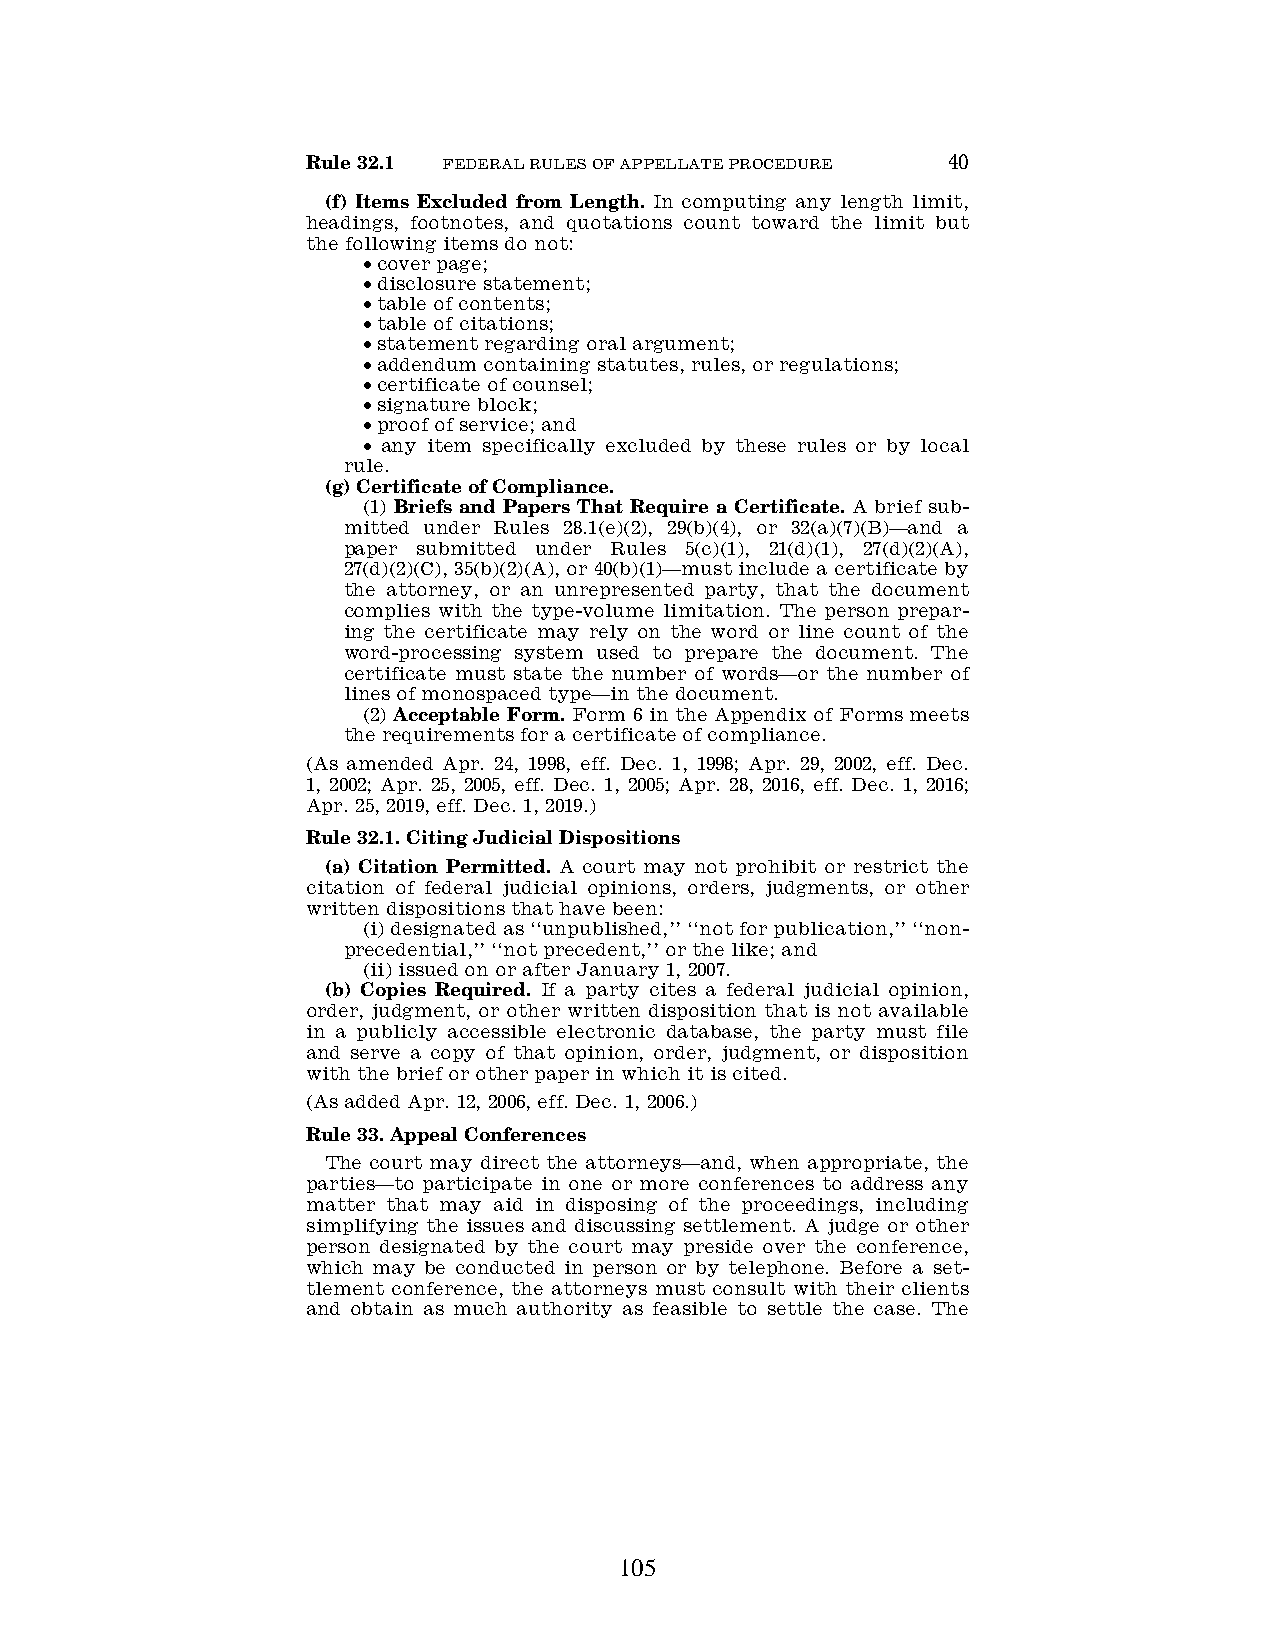
Rule 32.1 FEDERAL RULES OF APPELLATE PROCEDURE 40
 (f) Items Excluded from Length. In computing any length limit,
 headings, footnotes, and quotations count toward the limit but
 the following items do not:
 • cover page;
 • disclosure statement;
 • table of contents;
 • table of citations;
 • statement regarding oral argument;
 • addendum containing statutes, rules, or regulations;
 • certificate of counsel;
 • signature block;
 • proof of service; and
 • any item specifically excluded by these rules or by local
 rule.
 (g) Certificate of Compliance.
 (1) Briefs and Papers That Require a Certificate. A brief sub-
 mitted under Rules 28.1(e)(2), 29(b)(4), or 32(a)(7)(B)—and a
 paper submitted under Rules 5(c)(1), 21(d)(1), 27(d)(2)(A),
 27(d)(2)(C), 35(b)(2)(A), or 40(b)(1)—must include a certificate by
 the attorney, or an unrepresented party, that the document
 complies with the type-volume limitation. The person prepar-
 ing the certificate may rely on the word or line count of the
 word-processing system used to prepare the document. The
 certificate must state the number of words—or the number of
 lines of monospaced type—in the document.
 (2) Acceptable Form. Form 6 in the Appendix of Forms meets
 the requirements for a certificate of compliance.
 (As amended Apr. 24, 1998, eff. Dec. 1, 1998; Apr. 29, 2002, eff. Dec.
 1, 2002; Apr. 25, 2005, eff. Dec. 1, 2005; Apr. 28, 2016, eff. Dec. 1, 2016;
 Apr. 25, 2019, eff. Dec. 1, 2019.)
 Rule 32.1. Citing Judicial Dispositions
 (a) Citation Permitted. A court may not prohibit or restrict the
 citation of federal judicial opinions, orders, judgments, or other
 written dispositions that have been:
 (i) designated as ‘‘unpublished,’’ ‘‘not for publication,’’ ‘‘non-
 precedential,’’ ‘‘not precedent,’’ or the like; and
 (ii) issued on or after January 1, 2007.
 (b) Copies Required. If a party cites a federal judicial opinion,
 order, judgment, or other written disposition that is not available
 in a publicly accessible electronic database, the party must file
 and serve a copy of that opinion, order, judgment, or disposition
 with the brief or other paper in which it is cited.
 (As added Apr. 12, 2006, eff. Dec. 1, 2006.)
 Rule 33. Appeal Conferences
 The court may direct the attorneys—and, when appropriate, the
 parties—to participate in one or more conferences to address any
 matter that may aid in disposing of the proceedings, including
 simplifying the issues and discussing settlement. A judge or other
 person designated by the court may preside over the conference,
 which may be conducted in person or by telephone. Before a set-
 tlement conference, the attorneys must consult with their clients
 and obtain as much authority as feasible to settle the case. The
 105